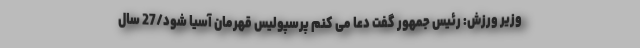
وزیر ورزش: رئیس جمهور گفت دعا می کنم پرسپولیس قهرمان آسیا شود/27 سال